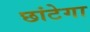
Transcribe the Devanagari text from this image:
छांटेगा